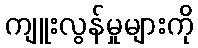
ကျူးလွန်မှုများကို